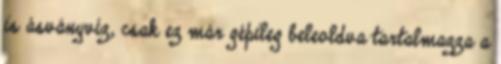
is ásványvíz, csak ez már gépileg beleoldva tartalmazza a